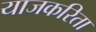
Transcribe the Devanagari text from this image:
याजकरिता